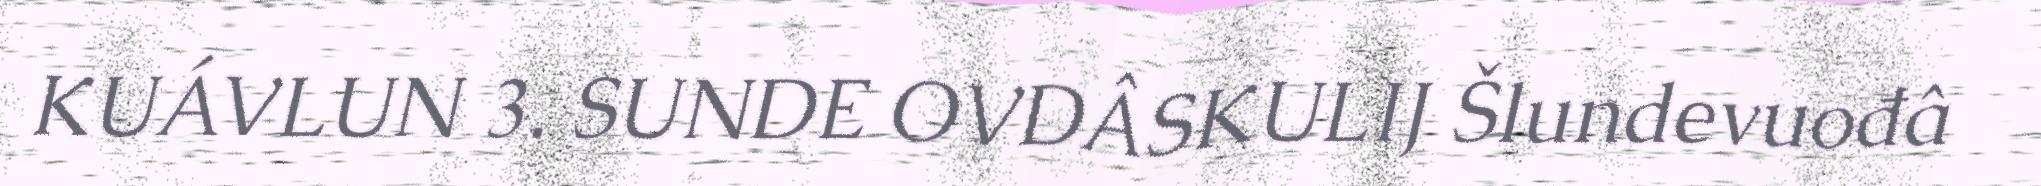
KUÁVLUN 3. SUNDE OVDÂSKULIJ Šlundevuođâ